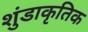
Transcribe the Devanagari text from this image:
शुंडाकृतिक